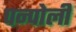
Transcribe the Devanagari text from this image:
पन्पोली